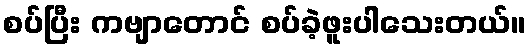
စပ်ပြီး ကဗျာတောင် စပ်ခဲ့ဖူးပါသေးတယ်။